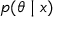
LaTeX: p ( \theta \mid x )